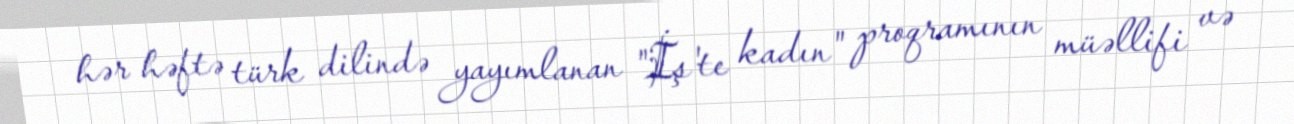
hər həftə türk dilində yayımlanan "İş'te kadın" proqramının müəllifi və